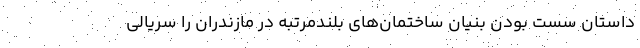
داستان سست بودن بنیان ساختمان‌های بلندمرتبه در مازندران را سریالی